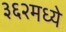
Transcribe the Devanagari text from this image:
३६२मध्ये